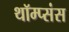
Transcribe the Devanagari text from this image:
थॉम्प्संस